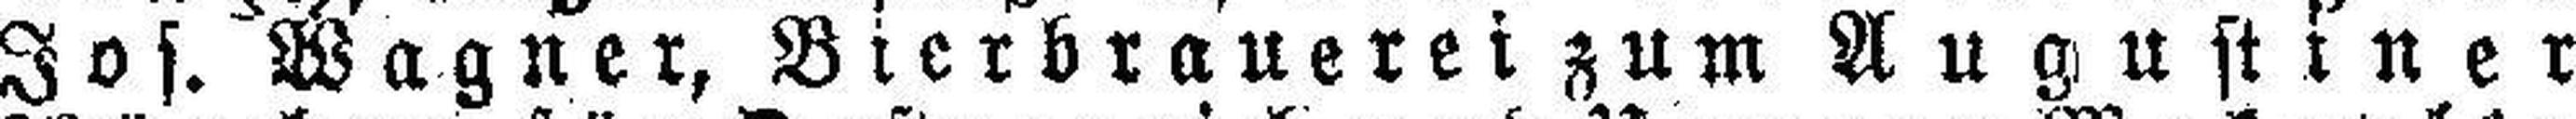
Jos. Wagner, Bierbrauerei zum Augustiner